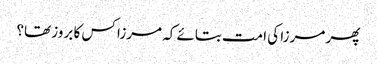
پھر مرزا کی امت بتائے کہ مرزا کس کا بروز تھا؟